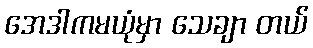
အေဒါကမယုံမှာ သေချာ တယ်